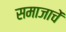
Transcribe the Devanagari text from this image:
समाजाचें